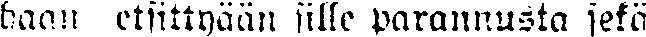
haan etsittyään sille parannusta sekä